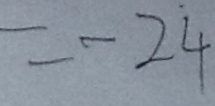
= - 2 4